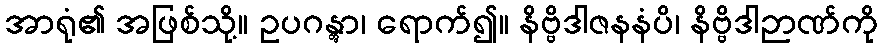
အာရုံ၏ အဖြစ်သို့။ ဥပဂန္တွာ၊ ရောက်၍။ နိဗ္ဗိဒါဇနနံပိ၊ နိဗ္ဗိဒါဉာဏ်ကို